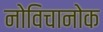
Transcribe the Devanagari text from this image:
नोविचानोक